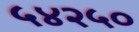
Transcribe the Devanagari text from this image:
५४२५०